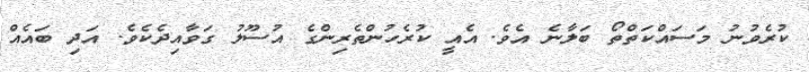
ކުރެވުނު މަސައްކަތްތޯ ބަލާނެ އެވެ. އެއީ ކުރެހުންތެރިންގެ އުސޫލު ގަވާއިދެކެވެ. އަދި ބައެއް